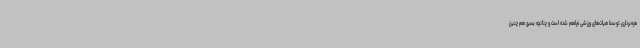
هره‌برداری توسط هیات‌های ورزشی فراهم شده است و چنانچه بسیج هم چنین